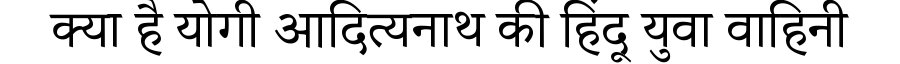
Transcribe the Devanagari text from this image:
क्या है योगी आदित्यनाथ की हिंदू युवा वाहिनी